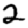
Digit: 2